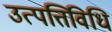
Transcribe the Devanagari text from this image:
उत्पत्तिविधि